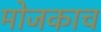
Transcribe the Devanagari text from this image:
मोजकाच